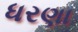
ધરણા